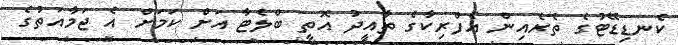
ކެނޑިޑޭޓުގެ ތެރެއިން އެފްރިކާގެ ތާއީދު އޮތީ ބްލެޓާ އަށް ކަމަށް އެ ޖަމާއަތުގެ